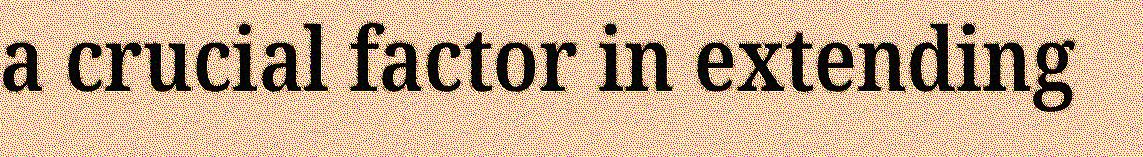
a crucial factor in extending